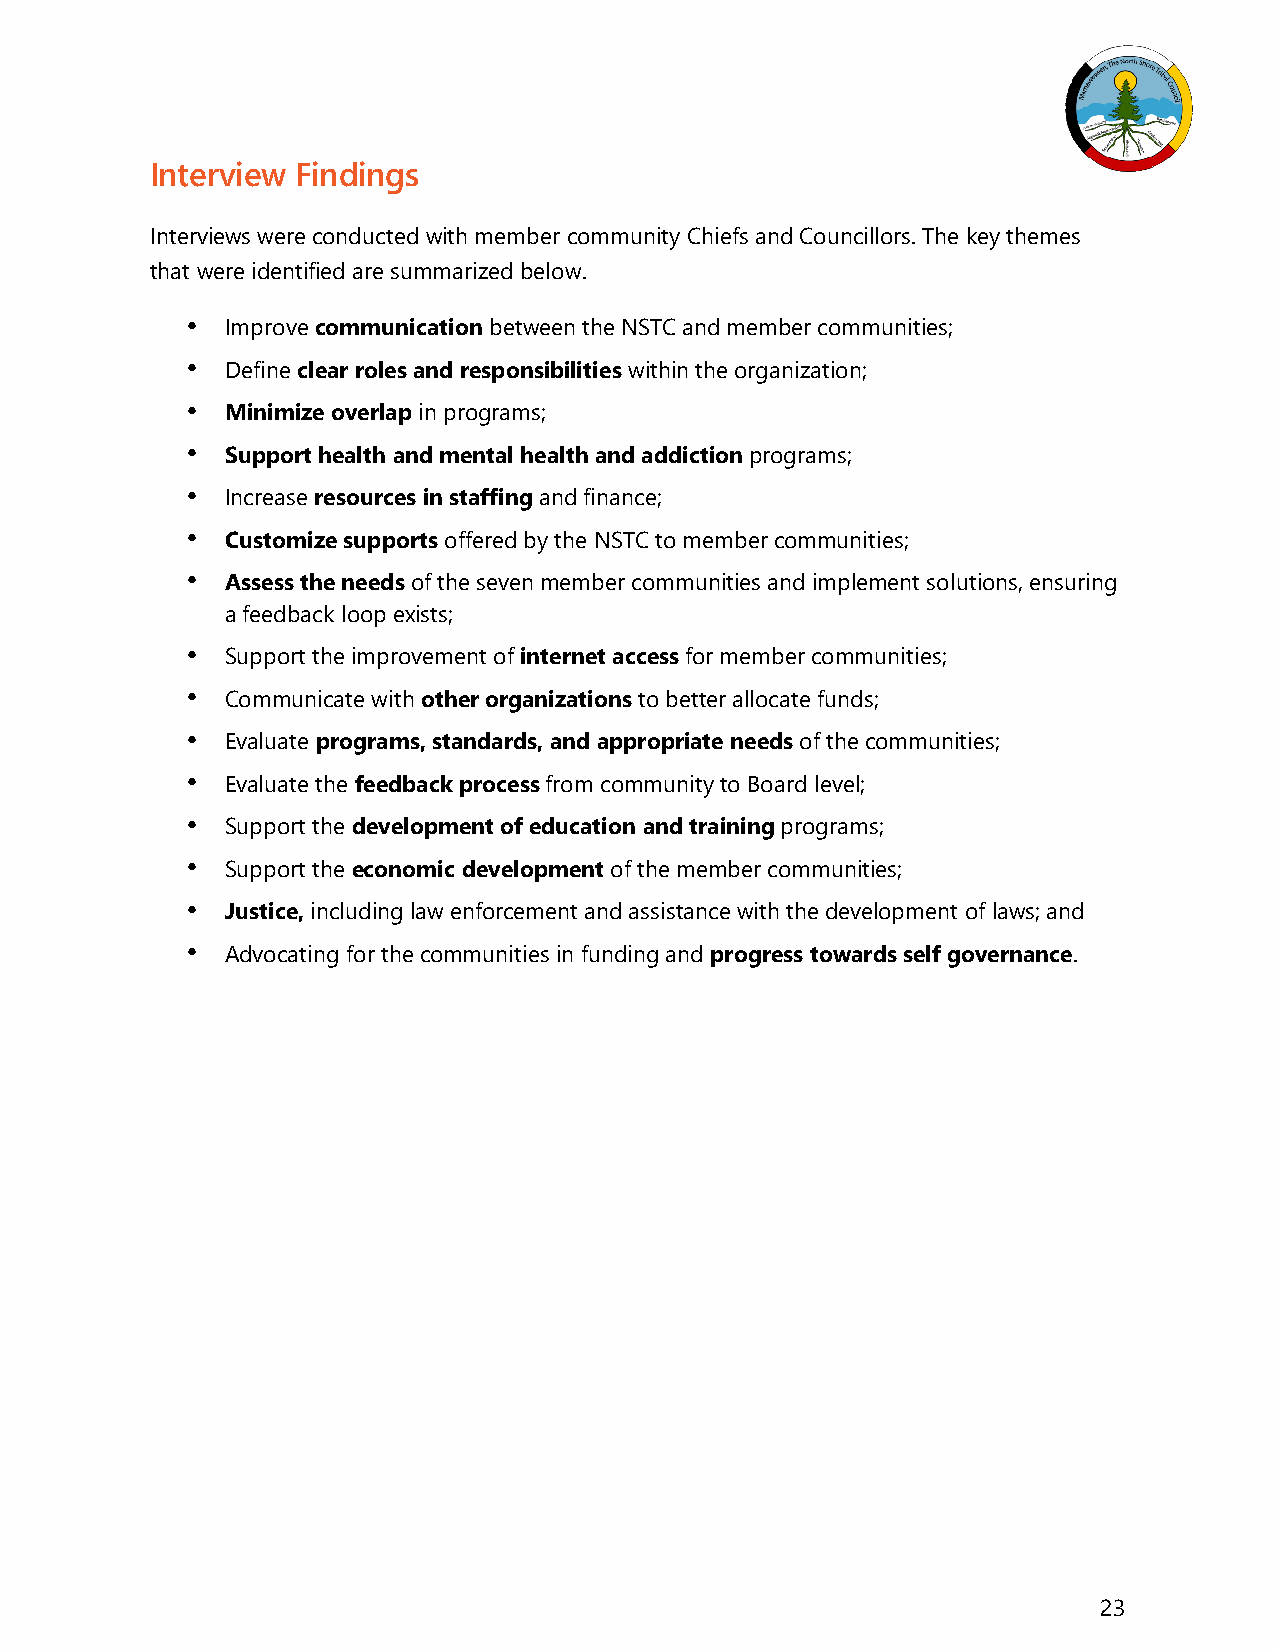
Interview Findings
 Interviews were conducted with member community Chiefs and Councillors. The key themes
 that were identified are summarized below.
 •  Improve communication between the NSTC and member communities;
 •  Define clear roles and responsibilities within the organization;
 •  Minimize overlap in programs;
 •  Support health and mental health and addiction programs;
 •  Increase resources in staffing and finance;
 •  Customize supports offered by the NSTC to member communities;
 •  Assess the needs of the seven member communities and implement solutions, ensuring
 a feedback loop exists;
 •  Support the improvement of internet access for member communities;
 •  Communicate with other organizations to better allocate funds;
 •  Evaluate programs, standards, and appropriate needs of the communities;
 •  Evaluate the feedback process from community to Board level;
 •  Support the development of education and training programs;
 •  Support the economic development of the member communities;
 •  Justice, including law enforcement and assistance with the development of laws; and
 •  Advocating for the communities in funding and progress towards self governance.
 23